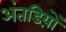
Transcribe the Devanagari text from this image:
अंतडिय़ों